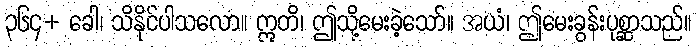
၃၆၄+ ခေါ၊ သိနိုင်ပါသလော။ ဣတိ၊ ဤသို့မေးခဲ့သော်။ အယံ၊ ဤမေးခွန်းပုစ္ဆာသည်။